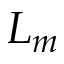
L _ { m }